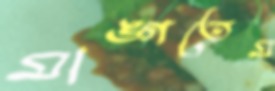
মাঙ্গতেম